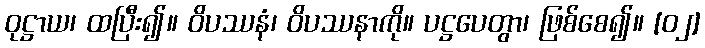
ဝုဋ္ဌာယ၊ ထပြီး၍။ ဝိပဿနံ၊ ဝိပဿနာကို။ ပဋ္ဌပေတွာ၊ ဖြစ်စေ၍။ [၀၂]